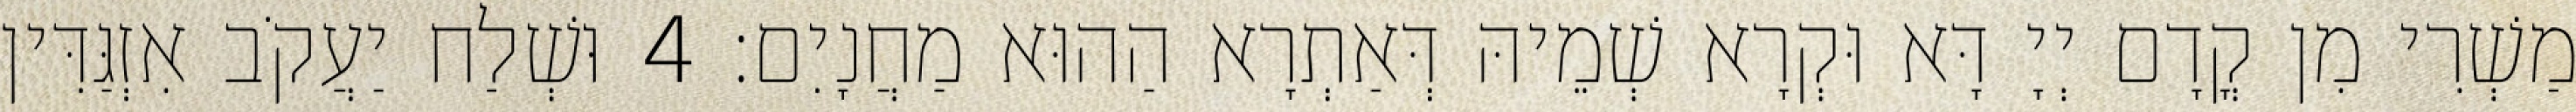
מַשְׁרִי מִן קֳדָם יְיָ דָּא וּקְרָא שְׁמֵיהּ דְּאַתְרָא הַהוּא מַחֲנָיִם׃ 4 וּשְׁלַח יַעֲקֹב אִזְגַּדִּין